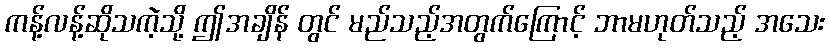
ကန့်လန့်ဆိုသကဲ့သို့ ဤအချိန် တွင် မည်သည့်အတွက်ကြောင့် ဘာမဟုတ်သည့် အသေး